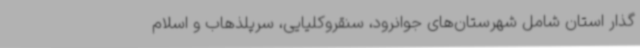
گذار استان شامل شهرستان‌های جوانرود، سنقروکلیایی، سرپلذهاب و اسلام